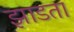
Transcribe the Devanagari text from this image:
झाडता